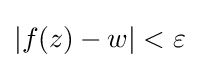
|f(z)-w|<\varepsilon